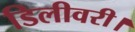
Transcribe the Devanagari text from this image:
डिलीवरी।